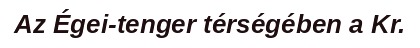
Az Égei-tenger térségében a Kr.